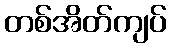
တစ်အိတ်ကျပ်